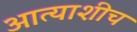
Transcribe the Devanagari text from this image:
आत्याशीच